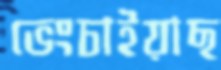
ভেংচাইয়াছ